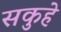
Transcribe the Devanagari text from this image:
सकुहे